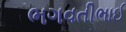
ભગવતીભાઈ